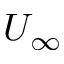
U _ { \infty }